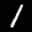
Label: 1